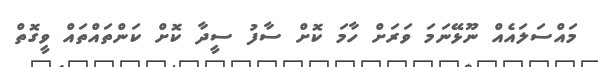
މައްސަލައެއް ނޫޅޭނަމަ ވަރަށް ހާމަ ކޮށް ސާފު ސީދާ ކޮށް ކަންތައްތައް ވީގޮތް